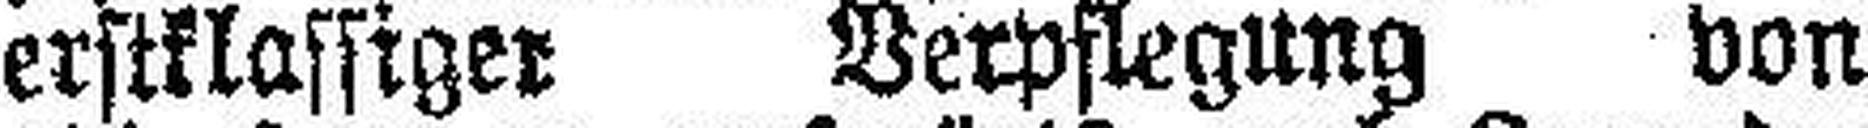
erstklassiger Berpflegung von